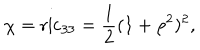
\chi = \mathrm { r i c } _ { 3 3 } = \frac 1 2 ( 1 + \rho ^ { 2 } ) ^ { 2 } ,